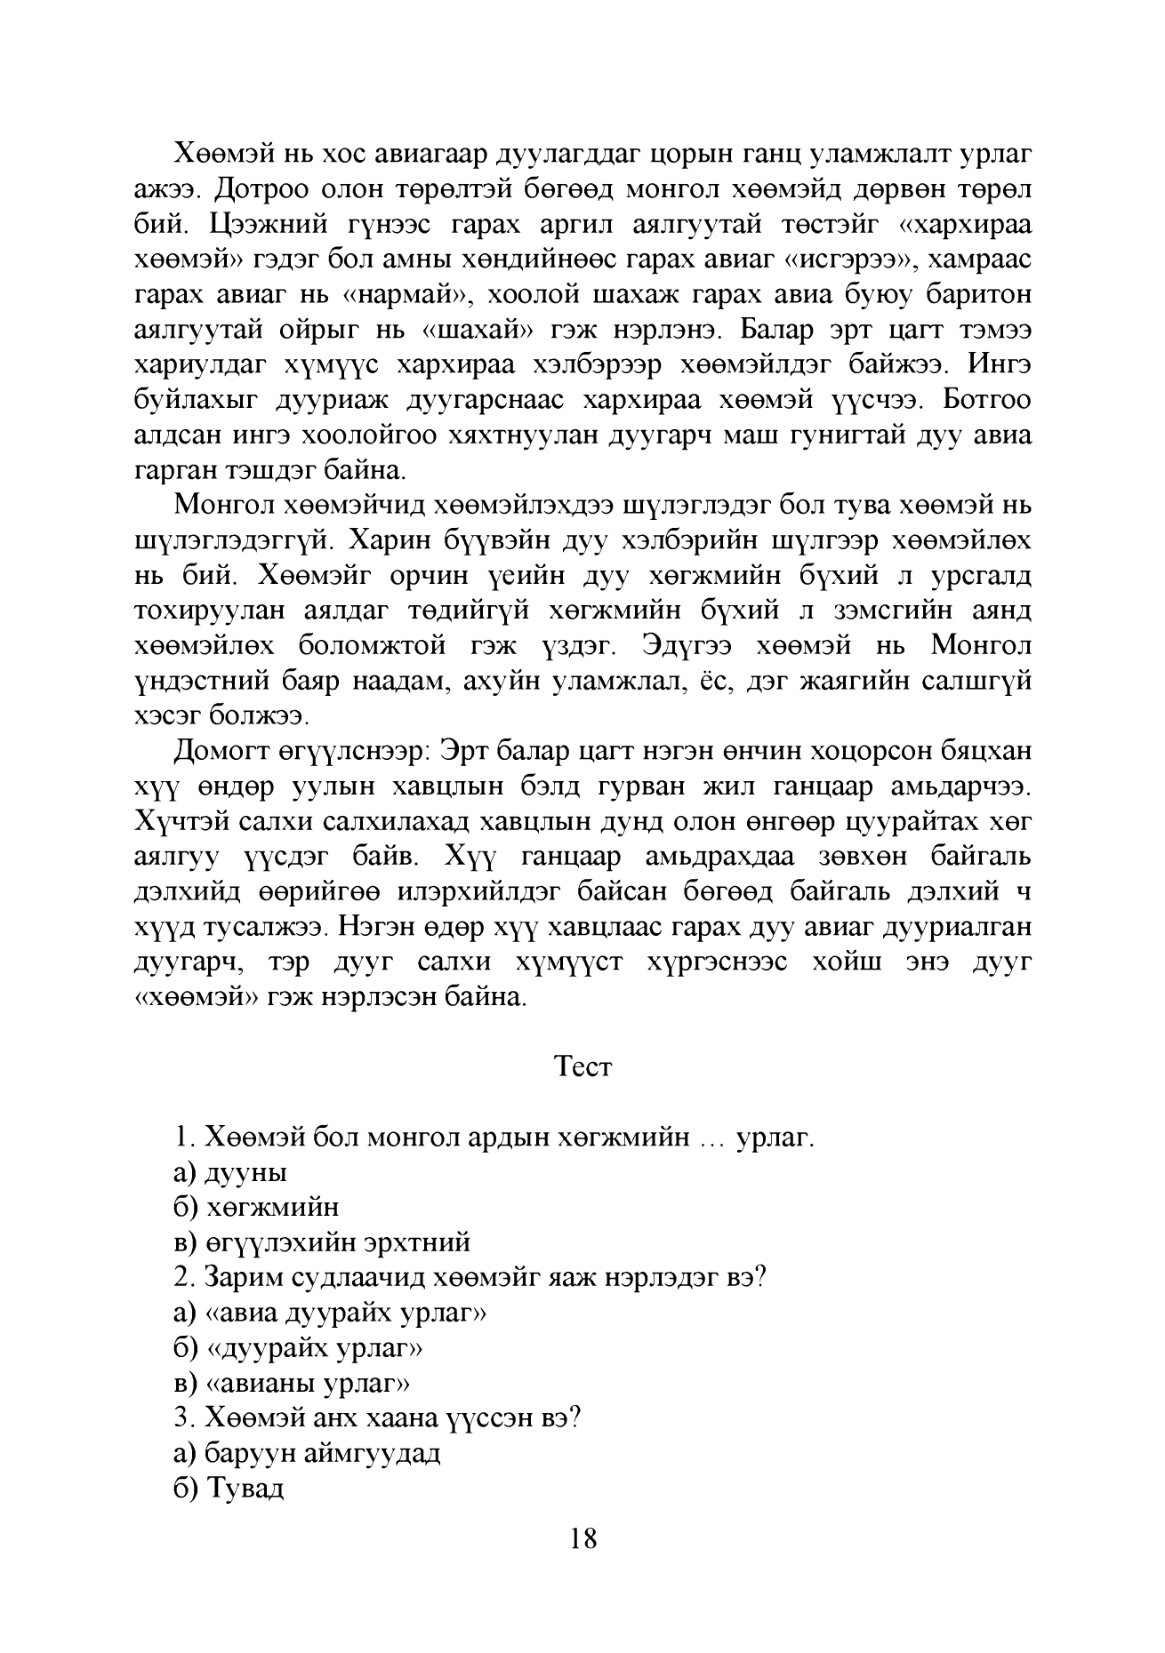
Language: mn